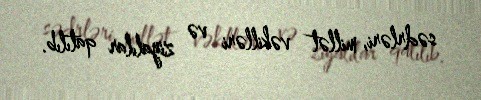
sədrləri, millət vəkilləri və ziyalılar qatılıb.